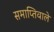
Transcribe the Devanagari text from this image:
समाप्तिवाले